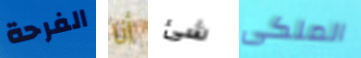
الفرحة أنا شئ الملكى